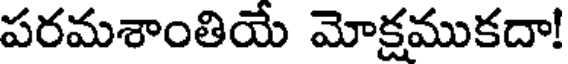
పరమశాంతియే మోక్షముకదా!